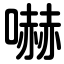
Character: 嚇